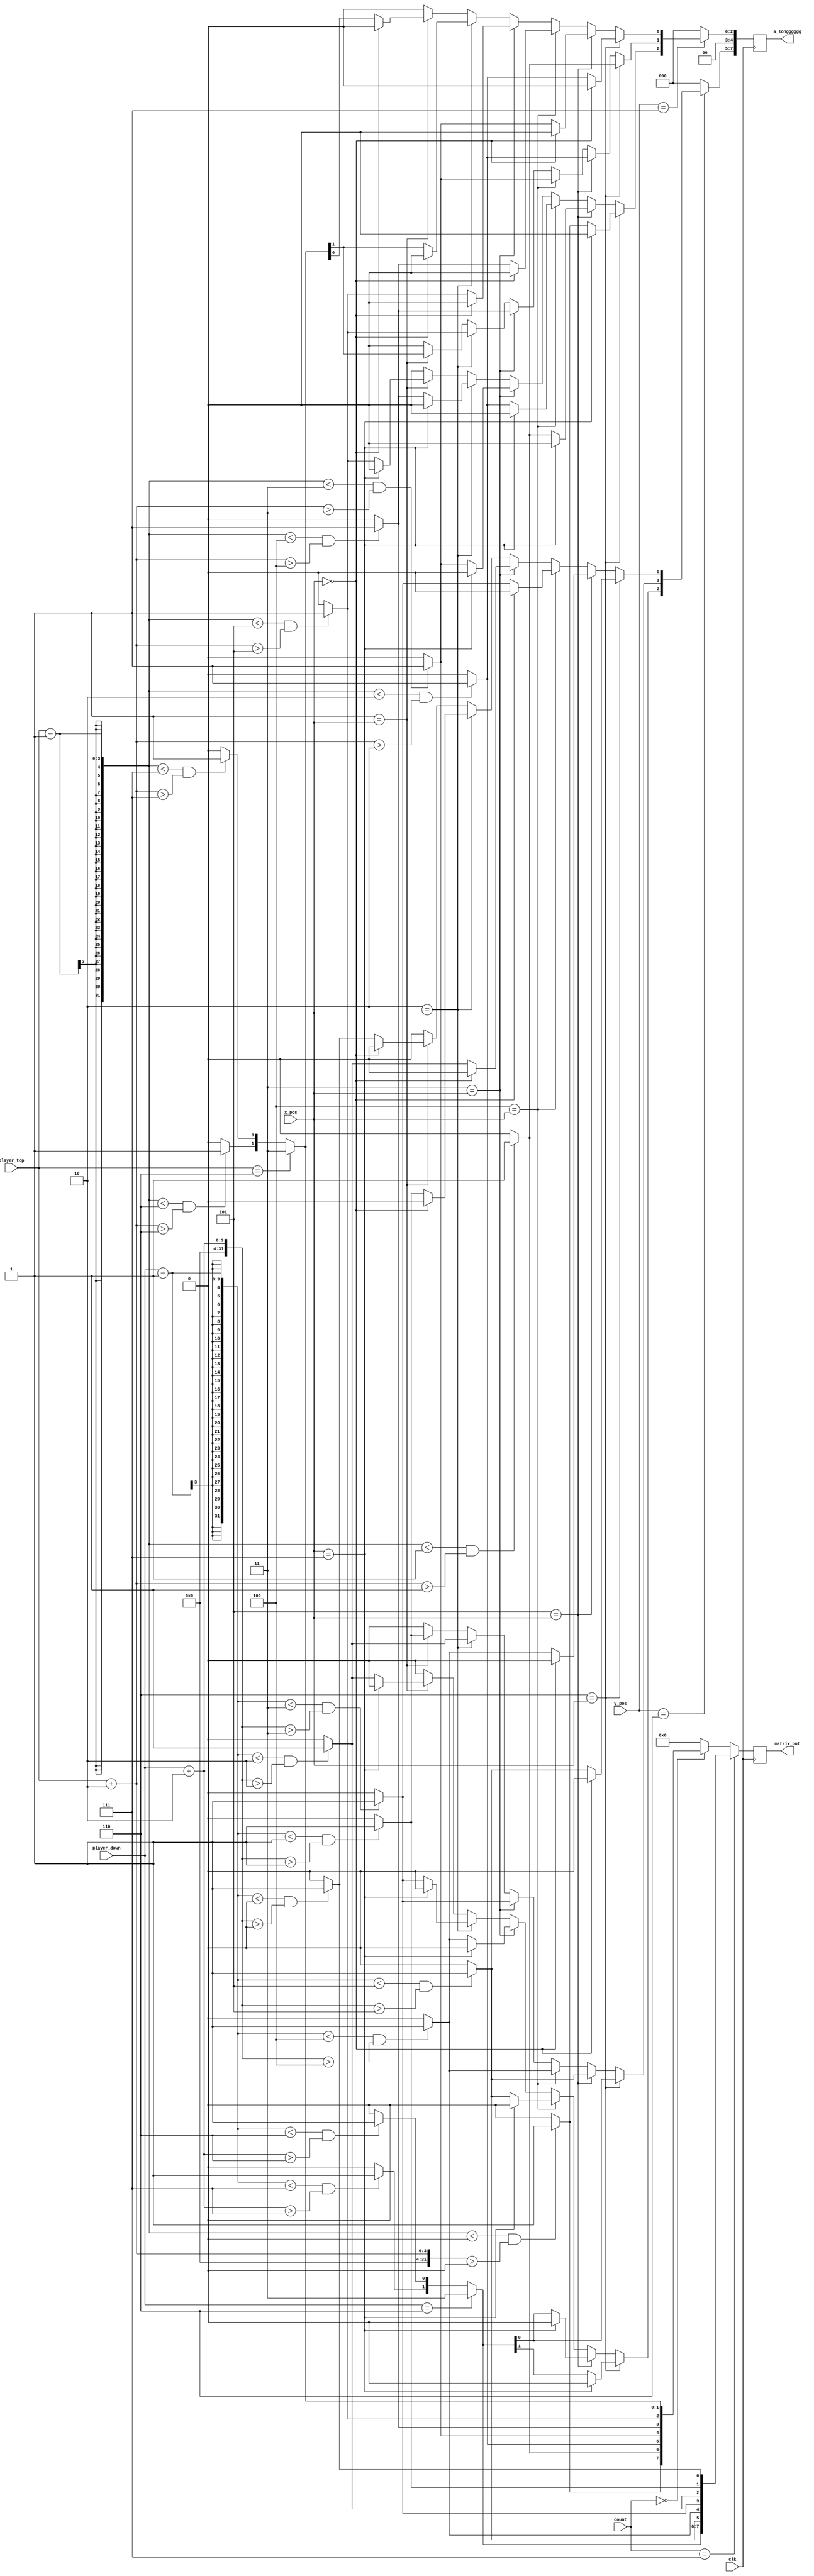
module game_process(
    matrix_out,
    player_top,
    player_down,
    x_pos,
	y_pos,
	a_longggggg,
    count,
    clk
);

parameter SIZE = 2;
parameter WIDTH = 8;
parameter BIT_OF_WIDTH = 3;

output[7:0] matrix_out;
reg[7:0] matrix_out;

output[7:0] a_longggggg;
reg[7:0] a_longggggg;

input[2:0] player_top, player_down;

input[BIT_OF_WIDTH-1:0] x_pos, y_pos;

input clk;
input[2:0] count;

reg[7:0] top_block, down_block;

integer i;

always @ (posedge clk)
begin
	matrix_out = 0;
	a_longggggg = 0;
    // top player
	for(i = 0; i < WIDTH; i = i + 1)begin
		top_block[WIDTH - i - 1] = (player_top-1 < i && player_top+SIZE > i) ? 1 : 0;
		if(player_top == 6)begin
			top_block[1:0] = 2'b11;
		end
	end

    // down player
	for(i = 0; i < WIDTH; i = i + 1)begin
		down_block[i] = (player_down-1 < i && player_down+SIZE > i) ? 1 : 0;
		if(player_down == 6)begin
			down_block[7:6] = 2'b11;
		end
	end

	if(y_pos == 1)begin
		for(i = 1; i < WIDTH-1; i = i + 1)begin
			if(i == x_pos)begin
				a_longggggg[0] = (x_pos == 0) ? 0 : top_block[i-1];
				a_longggggg[1] = top_block[i];
				a_longggggg[2] = (x_pos == 7) ? 0 : top_block[i+1];
			end
		end
	end
	if(y_pos == 6)begin
		for(i = 1; i < WIDTH-1; i = i + 1)begin
			if(i == x_pos)begin
				a_longggggg[5] = (x_pos == 0) ? 0 : down_block[i-1];
				a_longggggg[6] = down_block[i];
				a_longggggg[7] = (x_pos == 7) ? 0 : down_block[i+1];
			end
		end
	end
	if(count == 0)begin
		matrix_out = top_block;
	end
	if(count == 7)begin
		matrix_out = down_block;
	end
end

endmodule // game_process